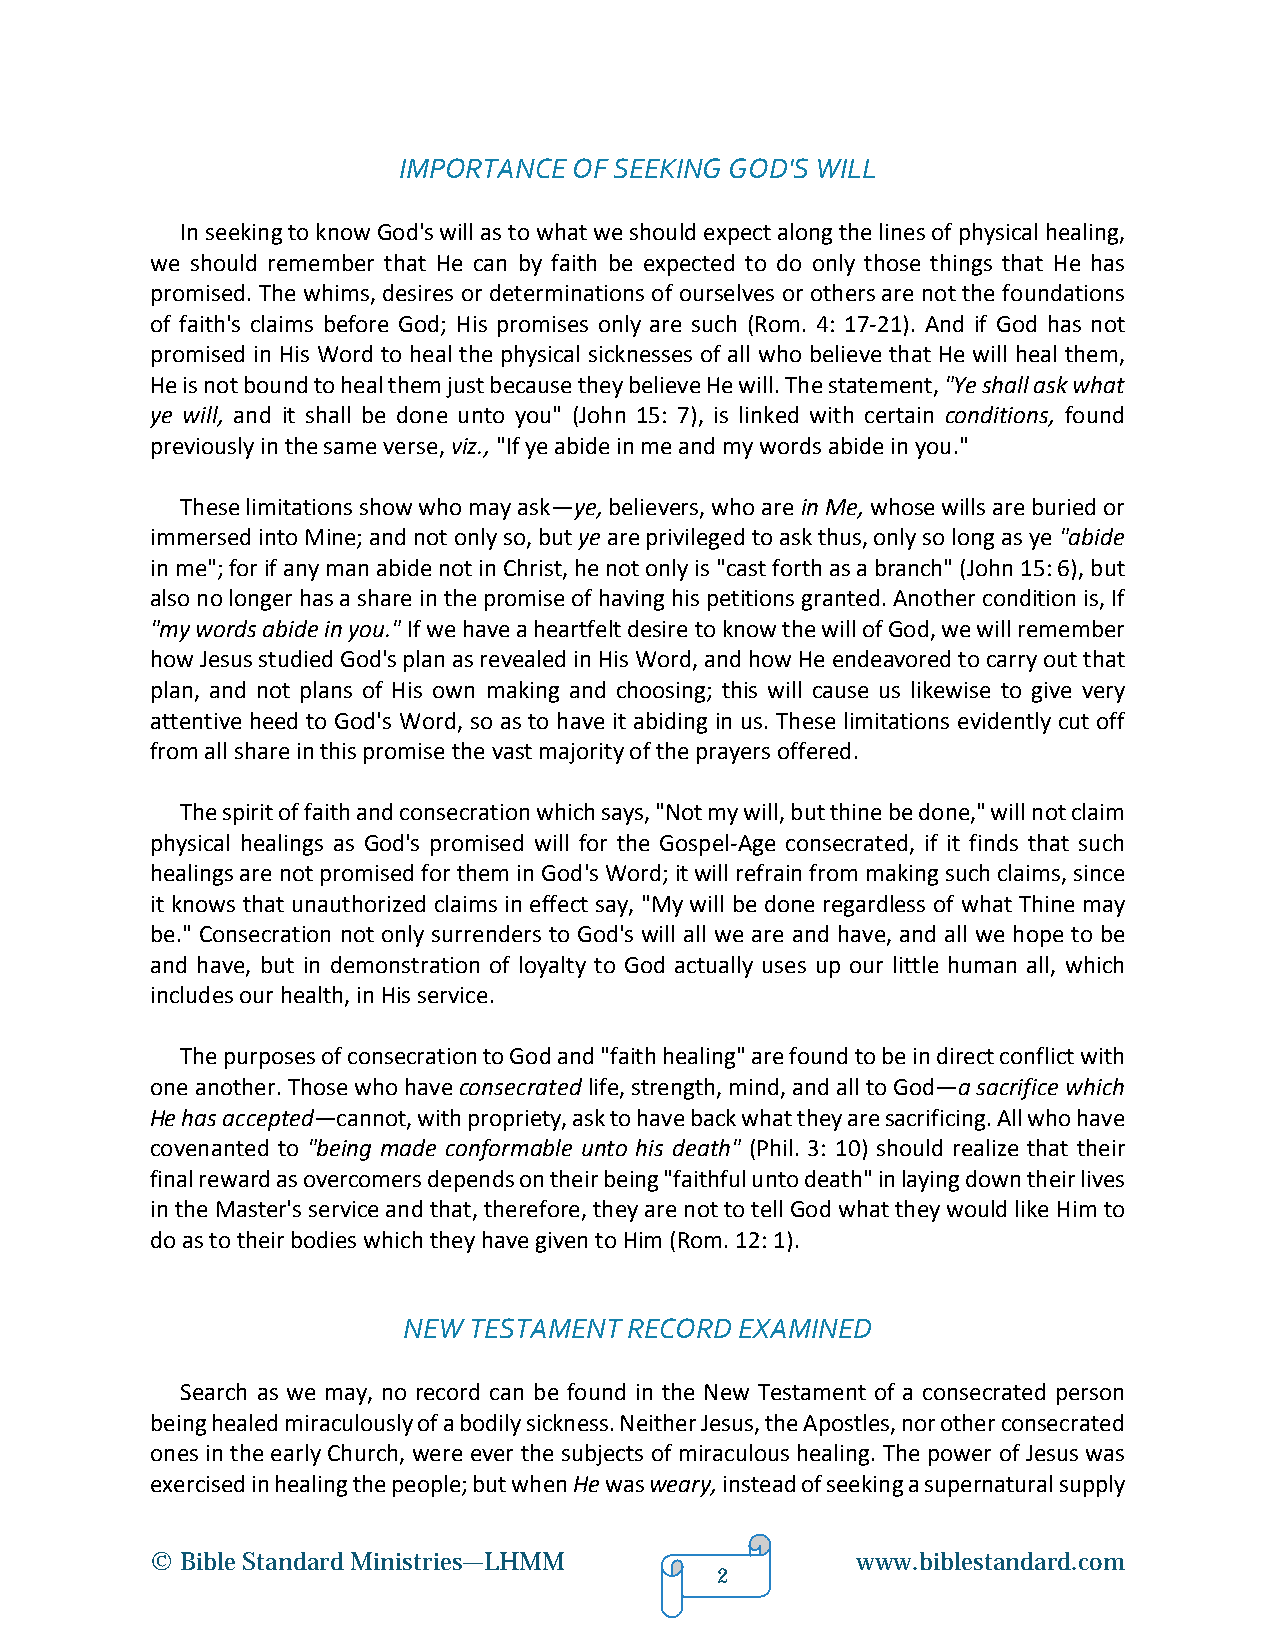
IMPORTANCE  OF SEEKING GOD'S WILL
 In seeking to know God's will as to what we should expect along the lines of physical healing,
 we should remember that He can by faith be expected to do only those things that He has
 promised. The whims, desires or determinations of ourselves or others are not the foundations
 of faith's claims before God; His promises only are such (Rom. 4: 17-21). And if God has not
 promised in His Word to heal the physical sicknesses of all who believe that He will heal them,
 He is not bound to heal them just because they believe He will. The statement, "Ye shall ask what
 ye will, and it shall be done unto you" (John 15: 7), is linked with certain conditions, found
 previously in the same verse, viz., "If ye abide in me and my words abide in you."
 These limitations show who may ask—ye, believers, who are in Me, whose wills are buried or
 immersed into Mine; and not only so, but ye are privileged to ask thus, only so long as ye "abide
 in me"; for if any man abide not in Christ, he not only is "cast forth as a branch" (John 15: 6), but
 also no longer has a share in the promise of having his petitions granted. Another condition is, If
 "my words abide in you." If we have a heartfelt desire to know the will of God, we will remember
 how Jesus studied God's plan as revealed in His Word, and how He endeavored to carry out that
 plan, and not plans of His own making and choosing; this will cause us likewise to give very
 attentive heed to God's Word, so as to have it abiding in us. These limitations evidently cut off
 from all share in this promise the vast majority of the prayers offered.
 The spirit of faith and consecration which says, "Not my will, but thine be done," will not claim
 physical healings as God's promised will for the Gospel-Age consecrated, if it finds that such
 healings are not promised for them in God's Word; it will refrain from making such claims, since
 it knows that unauthorized claims in effect say, "My will be done regardless of what Thine may
 be." Consecration not only surrenders to God's will all we are and have, and all we hope to be
 and have, but in demonstration of loyalty to God actually uses up our little human all, which
 includes our health, in His service.
 The purposes of consecration to God and "faith healing" are found to be in direct conflict with
 one another. Those who have consecrated life, strength, mind, and all to God—a sacrifice which
 He has accepted—cannot, with propriety, ask to have back what they are sacrificing. All who have
 covenanted to "being made conformable unto his death" (Phil. 3: 10) should realize that their
 final reward as overcomers depends on their being "faithful unto death" in laying down their lives
 in the Master's service and that, therefore, they are not to tell God what they would like Him to
 do as to their bodies which they have given to Him (Rom. 12: 1).
 NEW TESTAMENT  RECORD EXAMINED
 Search as we may, no record can be found in the New Testament of a consecrated person
 being healed miraculously of a bodily sickness. Neither Jesus, the Apostles, nor other consecrated
 ones in the early Church, were ever the subjects of miraculous healing. The power of Jesus was
 exercised in healing the people; but when He was weary, instead of seeking a supernatural supply
 © Bible Standard Ministries—LHMM               www.biblestandard.com
 2